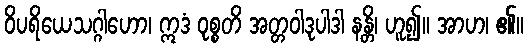
ဝိပရိယေသဂ္ဂါဟော၊ ဣဒံ ဝုစ္စတိ အတ္တဝါဒုပါဒါ နန္တိ၊ ဟူ၍။ အာဟ၊ ၏။